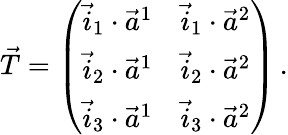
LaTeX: \vec{T}=\left(\begin{array}{ll}{\vec{i}_{1}\cdot\vec{a}^{1}}&{\vec{i}_{1}\cdot\vec{a}^{2}}\\ {\vec{i}_{2}\cdot\vec{a}^{1}}&{\vec{i}_{2}\cdot\vec{a}^{2}}\\ {\vec{i}_{3}\cdot\vec{a}^{1}}&{\vec{i}_{3}\cdot\vec{a}^{2}}\end{array}\right)\, .